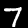
Digit: 7